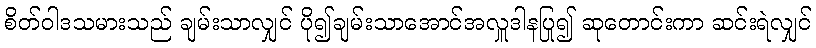
စိတ်ဝါဒသမားသည် ချမ်းသာလျှင် ပို၍ချမ်းသာအောင်အလှူဒါနပြု၍ ဆုတောင်းကာ ဆင်းရဲလျှင်